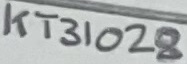
Text: KT31028